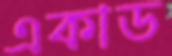
একাড